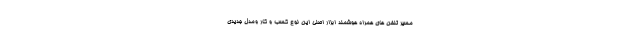
مسیر تلفن های همراه هوشمند ابزار اصلی این نوع کسب و کار ومدل جدیدی